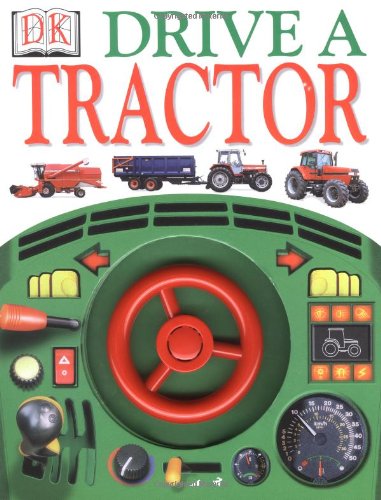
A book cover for Drive A Tractor; DK; Children's Books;